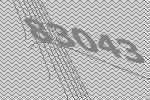
83043